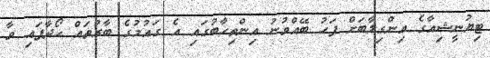
ޓިޔުނީޝިއާގެ އިންގިލާބަށް ފަހު ބޭއްވުނު އިންތިހާބުގައި އެ ގައުމުގެ ބާރުތައް ހޯދާފައި ވާ